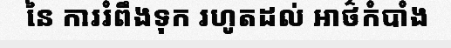
នៃ ការរំពឹងទុក រហូតដល់ អាថ៌កំបាំង